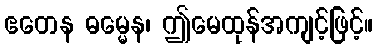
ဧတေန ဓမ္မေန၊ ဤမေထုန်အကျင့်ဖြင့်။